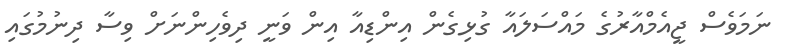
ނަމަވެސް ޖީއެމްއާރުގެ މައްސަލައާ ގުޅިގެން އިންޑިއާ އިން ވަނީ ދިވެހިންނަށް ވިސާ ދިނުމުގައި